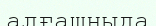
алғашңыда